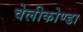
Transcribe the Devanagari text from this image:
वेलीकोण्डा